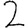
Digit: 2